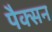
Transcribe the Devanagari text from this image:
पैक्सन